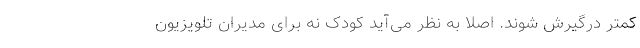
کمتر درگیرش شوند. اصلاً به نظر می‌آید کودک نه برای مدیران تلویزیون